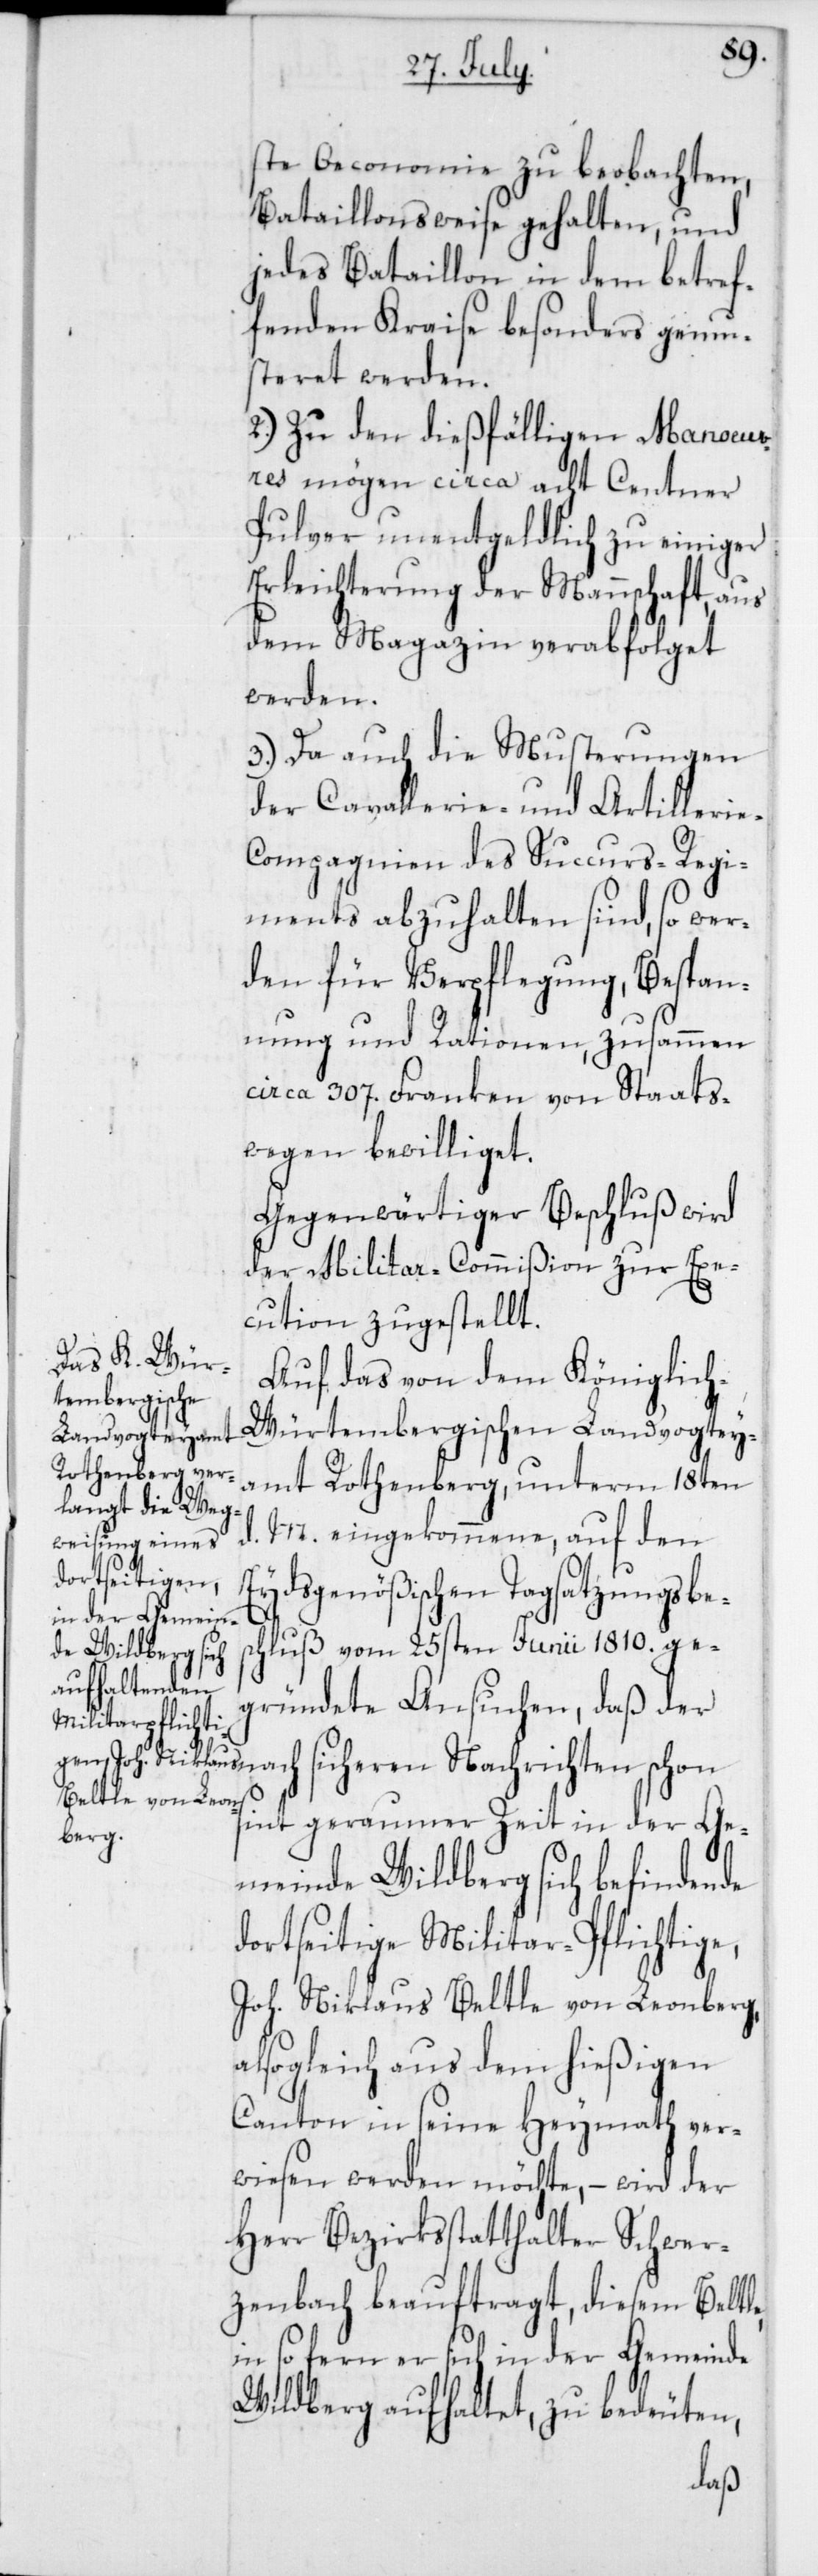
ste Oeconomie zu beobachten,
Bataillonsweise gehalten, und
jedes Bataillon in dem betref¬
fenden Kraise besonders gemu¬
steret werden.
2.) Zu den dießfälligen Manœuvr¬
es mögen circa acht Centner
Pulver unentgeldlich zu einiger
Erleichterung der Mannschaft, aus
dem Magazin verabfolget
werden.
3.) Da auch die Musterungen
der Cavallerie- und Artilleri¬
e-Compagnien des Succurs-Regi¬
ments abzuhalten sind, so wer¬
den für Verpflegung, Bespan¬
nung und Rationen, zusammen
circa 307. Franken von Staats¬
wegen bewilliget.
Gegenwärtiger Beschluß wird
der Militar-Commißion zur Exe¬
cution zugestellt.
Auf das von dem Königlic¬
h-Würtembergischen Landvogtey¬
amt Rothenberg, unterm 18ten
M. eingekommene, auf den
na¬
Eydsgenößischen Tagsatzungsbes¬
chluß vom 25sten Junii 1810. ge¬
gründete Ansuchen, daß der
ch sicheren Nachrichten schon
sint geraumer Zeit in der Ge¬
meinde Wildberg sich befindende
dortseitige Militar-Pflichtige,
Joh. Niklaus Beltle von Leonberg,
alsogleich aus dem hießigen
Canton in seine Heymath ver¬
wiesen werden möchte, – wird der
Herr Bezirksstatthalter Schwer¬
zenbach beauftragt, diesem Beltle,
in so fern er sich in der Gemeinde
Wildberg aufhaltet, zu bedeuten,